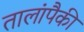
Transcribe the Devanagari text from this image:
तालांपैकी